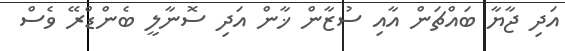
އަދި ޖާޔާ ބައްޗަން އާއި ސުޒާން ޚާން އަދި ސޮނާލީ ބެންޑްރޭ ވެސް